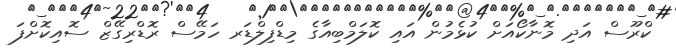
ކްރޫސް އަދި މޮނާކޯއަށް ކުޅެމުން އައި ކޮލަމްބިއާގެ މިޑްފިލްޑަރ ހަމޭސް ރޮޑްރިގޭޒް ސޮއިކޮށްފަ